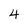
Character: 4